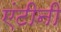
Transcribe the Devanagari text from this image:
एंटीनी